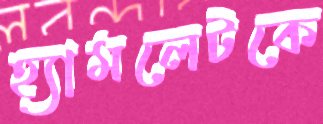
হ্যামলেটকে